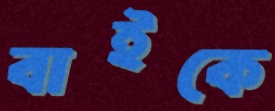
বাইকে